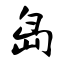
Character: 岛